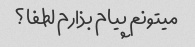
میتونم پیام بذارم لطفا؟